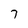
Character: 7